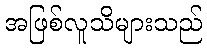
အဖြစ်လူသိများသည်